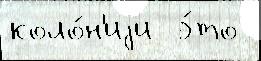
коло́н'иjи  э́то